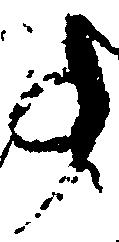
事